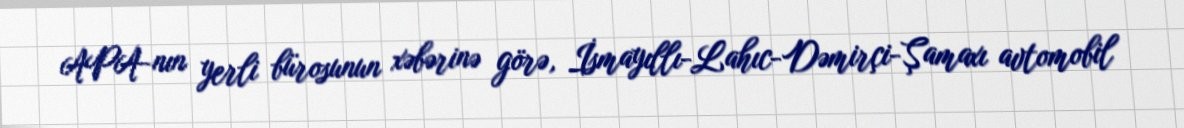
APA-nın yerli bürosunun xəbərinə görə, İsmayıllı-Lahıc-Dəmirçi-Şamaxı avtomobil